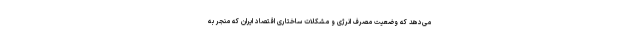
می‌دهد که وضعیت مصرف انرژی و مشکلات ساختاری اقتصاد ایران که منجر به